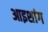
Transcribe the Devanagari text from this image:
आइशांग